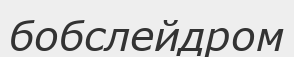
бобслейдром